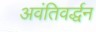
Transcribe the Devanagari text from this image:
अवंतिवर्द्धन